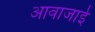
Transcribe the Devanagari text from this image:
आवाजाई